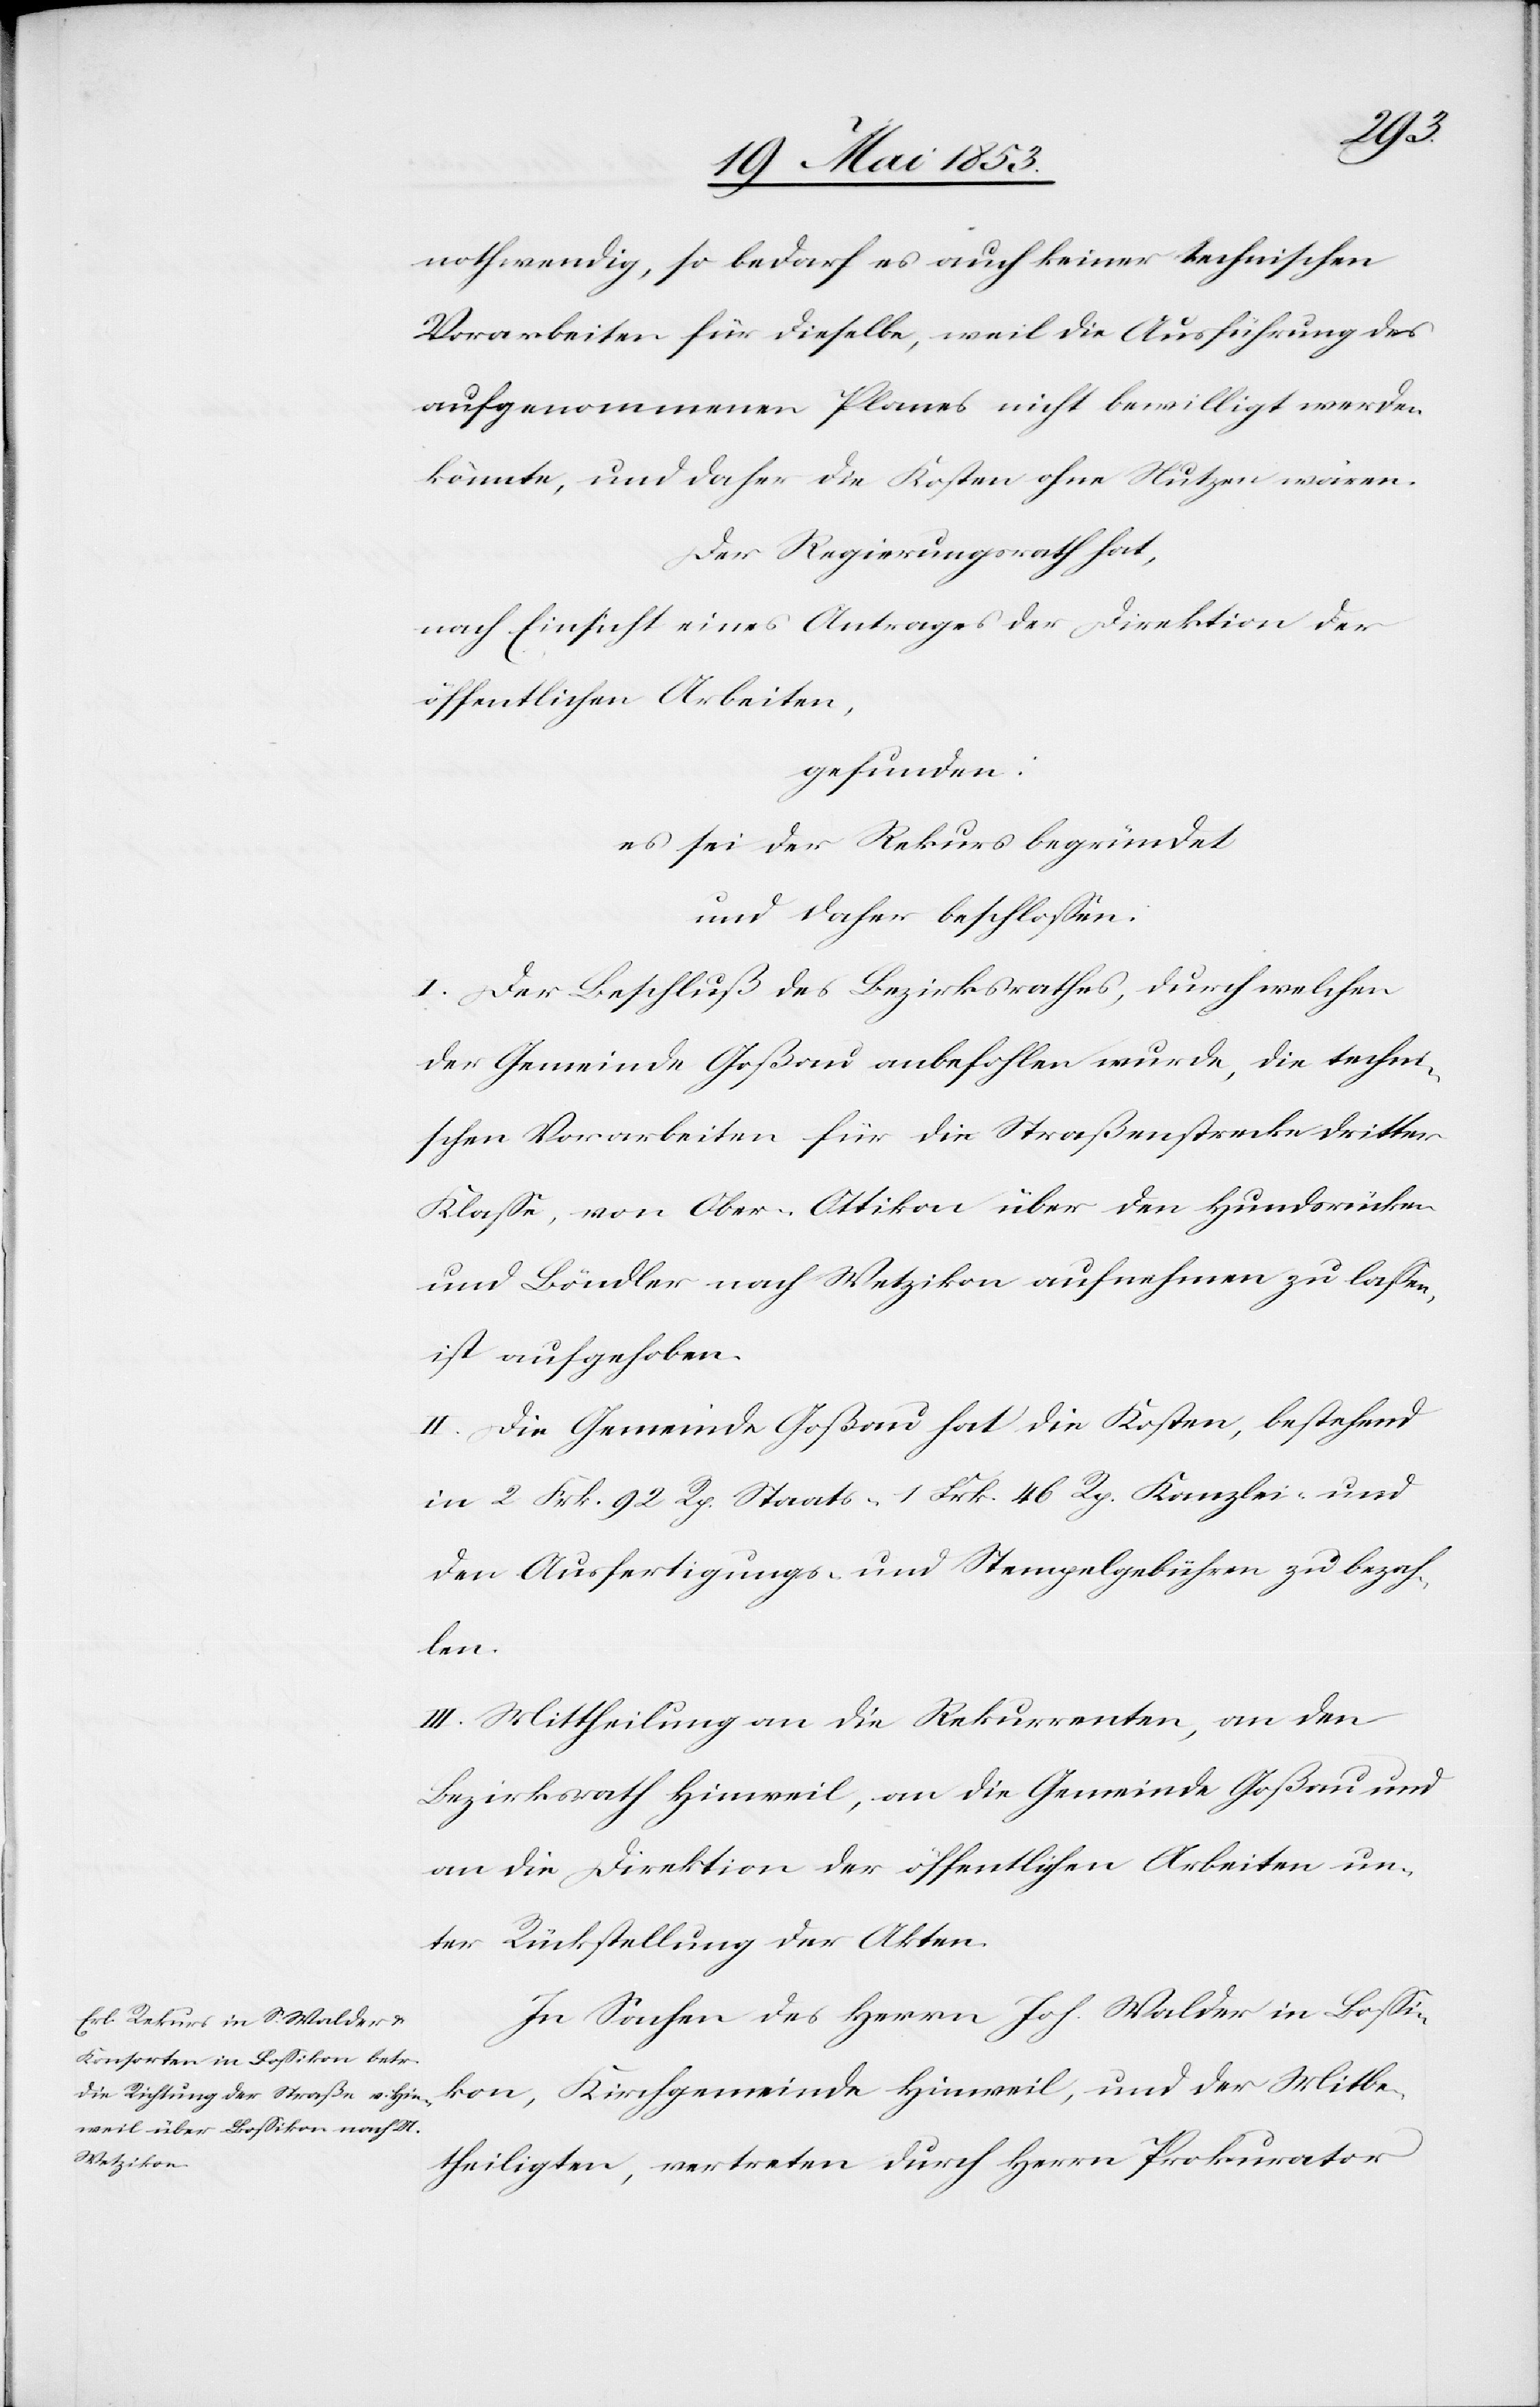
nothwendig, so bedarf es auch keiner technischen
Vorarbeiten für dieselbe, weil die Ausführung des
aufgenommenen Planes nicht bewilligt werden
könnte, und daher die Kosten ohne Nutzen wären.
Der Regierungsrath hat,
nach Einsicht eines Antrages der Direktion der
öffentlichen Arbeiten,
gefunden:
es sei der Rekurs begründet,
und daher beschloßen:
I. Der Beschluß des Bezirksrathes, durch welchen
der Gemeinde Goßau anbefohlen wurde, die techni¬
schen Vorarbeiten für die Straßenstrecke dritter
Klaße, Ober-Ottikon über den Hundsrücken
und Böndler nach Wetzikon aufnehmen zu laßen,
ist aufgehoben.
II. Die Gemeinde Goßau hat die Kosten, bestehend
in 2 Frk. 92 Rp. Staats- 1 Frk. 46 Rp. Kanzlei- und
den Ausfertigungs- u. Stempelgebühren zu bezah¬
len.
III. Mittheilung an die Rekurrenten, an den
Bezirksrath Hinweil, an die Gemeinde Goßau und
an die Direktion der öffentlichen Arbeiten un¬
ter Rückstellung der Akten.
In Sachen des Herrn Joh. Walder in Boßi¬
kon, Kirchgemeinde Hinweil, und der Mitbe¬
theiligten, vertreten durch Herrn Prokurator